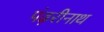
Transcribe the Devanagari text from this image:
पंढ़रीनाथ